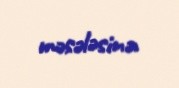
məsələsinə.